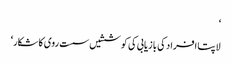
‘
لاپتا افراد کی بازیابی کی کوششیں سست روی کا شکار‘